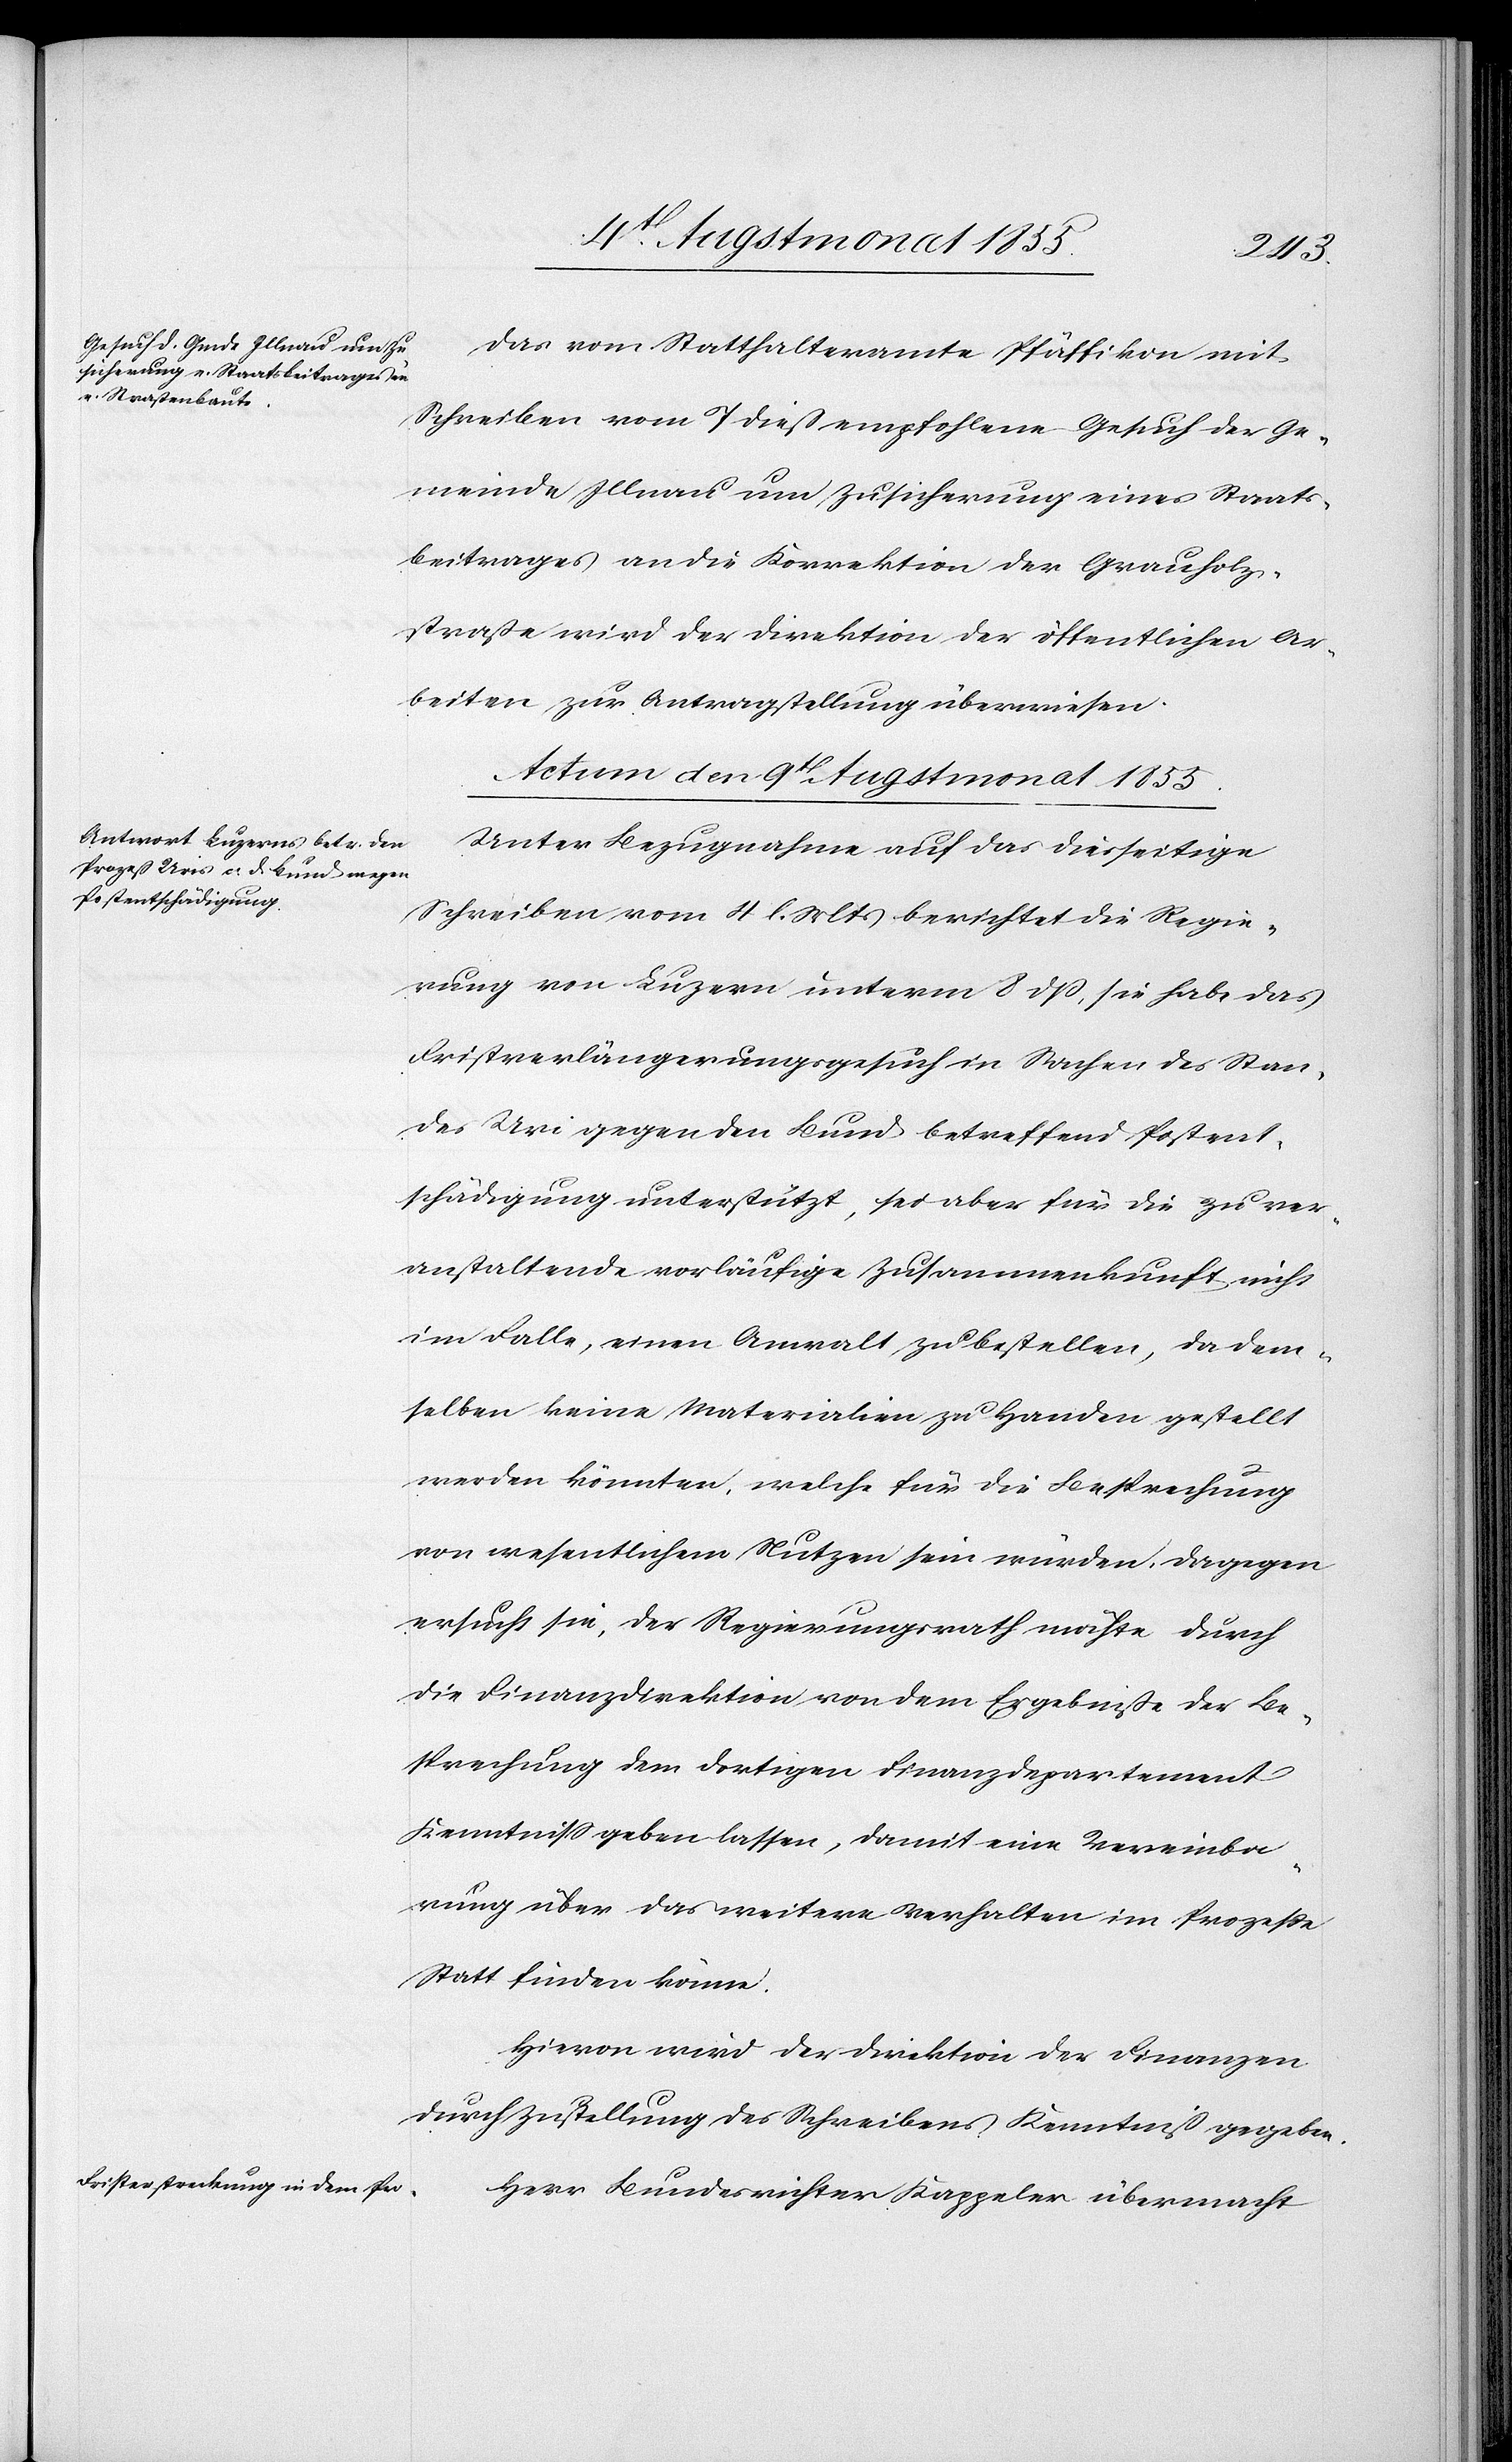
9t. Augstmonat 1855.]
Das vom Statthalteramte Pfäffikon mit
Schreiben vom 7 dieß empfohlene Gesuch der Ge¬
meinde Illnau um Zusicherung eines Staats¬
beitrages an die Korrektion der Grauholz¬
straße wird der Direktion der öffentlichen Ar¬
beiten zur Antragstellung überwiesen.
Unter Bezugnahme auf das diesseitige
Schreiben vom 4 l. Mts berichtet die Regie¬
rung von Luzern unterm 8 dß, sie habe das
Fristverlängerungsgesuch in Sachen des Stan¬
des Uri gegen den Bund betreffend Postent¬
schädigung unterstützt, sei aber für die zu ver¬
anstaltende vorläufige Zusammenkunft nicht
im Falle, einen Anwalt zu bestellen, da dem¬
selben keine Materialien zu Handen gestellt
werden könnten, welche für die Besprechung
von wesentlichem Nutzen sein würden. Dagegen
ersucht sie, der Regierungsrath möchte durch
die Finanzdirektion von dem Ergebniße der Be¬
sprechung dem dortigen Finanzdepartement
Kenntniss geben lassen, damit eine Vereinba¬
rung über das weitere Verhalten im Prozesse
Statt finden könne.
Hievon wird der Direktion der Finanzen
durch Zustellung des Schreibens Kenntniß gegeben.
Herr Bundesrichter Kappeler übermacht